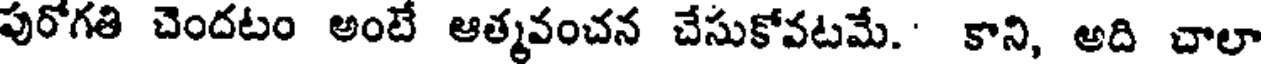
పురోగతి చెందటం అంటే ఆత్మవంచన చేసుకోవటమే.' కాని, అది చాలా